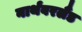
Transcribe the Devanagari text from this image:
नार्थंबरलैंड